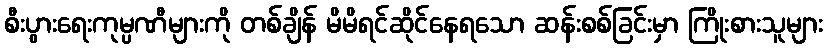
စီးပွားရေးကုမ္ပဏီများကို တစ်ချိန် မိမိရင်ဆိုင်နေရသော ဆန်းစစ်ခြင်းမှာ ကြိုးစားသူများ